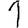
Digit: 1